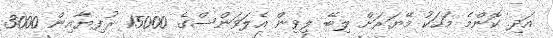
އަދި ކޮންމެ މަހަކު މޭޔަރަށް ލިބޭ ލިވިން އެލަވަންސްގެ 15000 ރުފިޔާއިން 3000